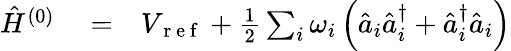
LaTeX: \begin{array}{rlr}{\hat{H}^{(0)}}&{{}=}&{V_{\mathrm{~r~e~f~}}+\frac{1}{2}\sum_{i}\omega_{i}\left(\hat{a}_{i}\hat{a}_{i}^{\dagger}+\hat{a}_{i}^{\dagger}\hat{a}_{i}\right)}\end{array}